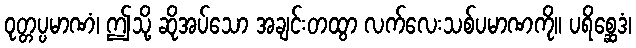
ဝုတ္တပ္ပမာဏံ၊ ဤသို့ ဆိုအပ်သော အချင်းတထွာ လက်လေးသစ်ပမာဏကို။ ပရိစ္ဆေဒံ၊